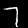
Digit: 7